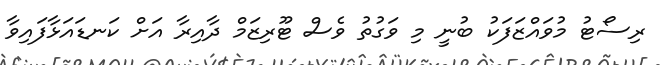
ރިސޯޓު މުވައްޒަފަކު ބުނީ މި ވަގުތު ވެސް ޓޫރިޒަމް ދާއިރާ އަށް ކަނޑައަޅާފައިވާ